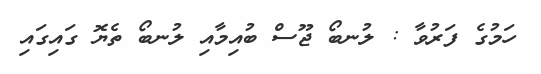
ހަމުގެ ފަރުވާ : ލުނބޯ ޖޫސް ބުއިމާއި ލުނބޯ ތެޔޮ ގައިގައި